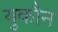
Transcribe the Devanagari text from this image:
युकौन